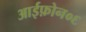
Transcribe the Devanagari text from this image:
आईफ़ोन०६